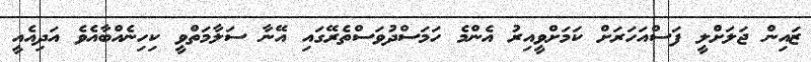
ޒައިން ޖަލަށްލީ ފަސްއަހަރަށް ކަމަށްވީއިރު އެންމެ ހަމަސްދުވަސްތެރޭގައި އޭނާ ސަލާމަތްވީ ކިހިނެއްބާއެވެ އަދިއެއީ